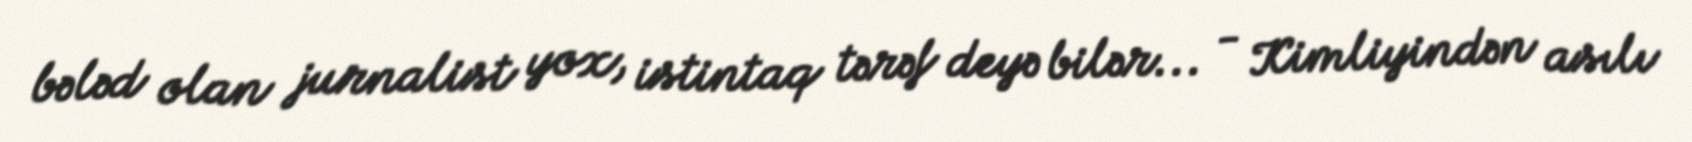
bələd olan jurnalist yox, istintaq tərəf deyə bilər... - Kimliyindən asılı